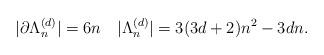
LaTeX: \begin{align*} |\partial \Lambda_n^{(d)}| = 6n \quad|\Lambda_n^{(d)}| = 3(3d+2)n^2-3dn.\end{align*}